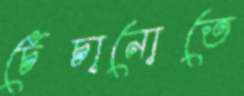
চেঁচানোতে